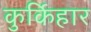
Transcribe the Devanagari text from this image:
कुर्किहार